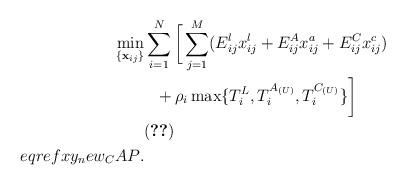
LaTeX: \begin{align*}\min\limits_{\{\mathbf{x}_{ij}\}}&\sum_{i=1}^N\bigg[\sum_{j=1}^M(E^l_{ij}x^l_{ij}+E^A_{ij}x^a_{ij}+E^C_{ij}x^c_{ij})\\&\ \ +\rho_i\max\{T^{L}_{i}, T^{{A}_{(U)}}_{i}, T^{{C}_{(U)}}_{i}\}\bigg]\allowdisplaybreaks\\ &\eqref{eq_placement} \\eqref{xy_new_CAP}.\allowdisplaybreaks\end{align*}